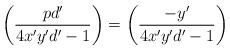
LaTeX: \begin{align*}\left(\frac{pd'}{4x'y'd'-1}\right)=\left(\frac{-y'}{4x'y'd'-1}\right)\end{align*}